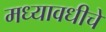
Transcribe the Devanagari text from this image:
मध्यावधीचे